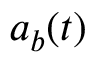
a _ { b } ( t )